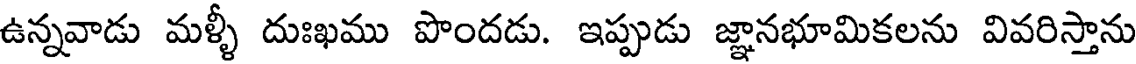
ఉన్నవాడు మళ్ళీ దుఃఖము పొందడు. ఇప్పుడు జ్ఞానభూమికలను వివరిస్తాను